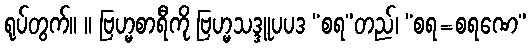
ရုပ်တွက်။ ။ ဗြဟ္မစာရီကို ဗြဟ္မသဒ္ဒူပပဒ “စရ”တည်၊ “စရ=စရဏေ”